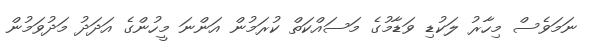
ނަމަވެސް މިހާރު ލަކުޑި ވަޑާމުގެ މަސައްކަތް ކުރަމުން އަންނަ މީހުންގެ އަދަދު މަދުވަމުން